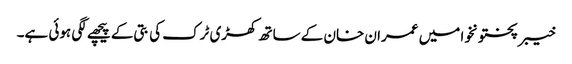
خیبر پختونخوا میں عمران خان کے ساتھ کھڑی ٹرک کی بتی کے پیچھے لگی ہوئی ہے۔